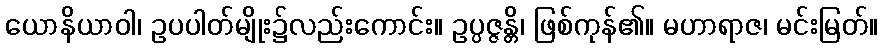
ယောနိယာဝါ၊ ဥပပါတ်မျိုး၌လည်းကောင်း။ ဥပ္ပဇ္ဇန္တိ၊ ဖြစ်ကုန်၏။ မဟာရာဇ၊ မင်းမြတ်။